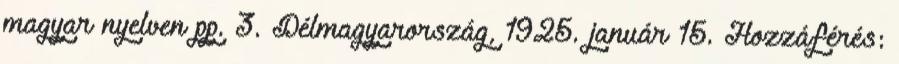
magyar nyelven pp. 3. Délmagyarország, 1925. január 15. Hozzáférés: